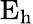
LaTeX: \mathrm{E_{h}}